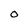
Character: 0